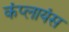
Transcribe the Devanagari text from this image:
कंप्लायंस